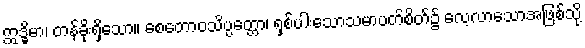
ဣဒ္ဓိမာ၊ တန်ခိုးရှိသော။ စေတောဝသိပ္ပတ္တော၊ ရှစ်ပါးသောသမာပတ်စိတ်၌ လေ့လာသောအဖြစ်သို့